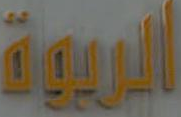
البربرية